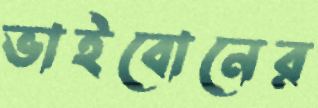
ভাইবোনের